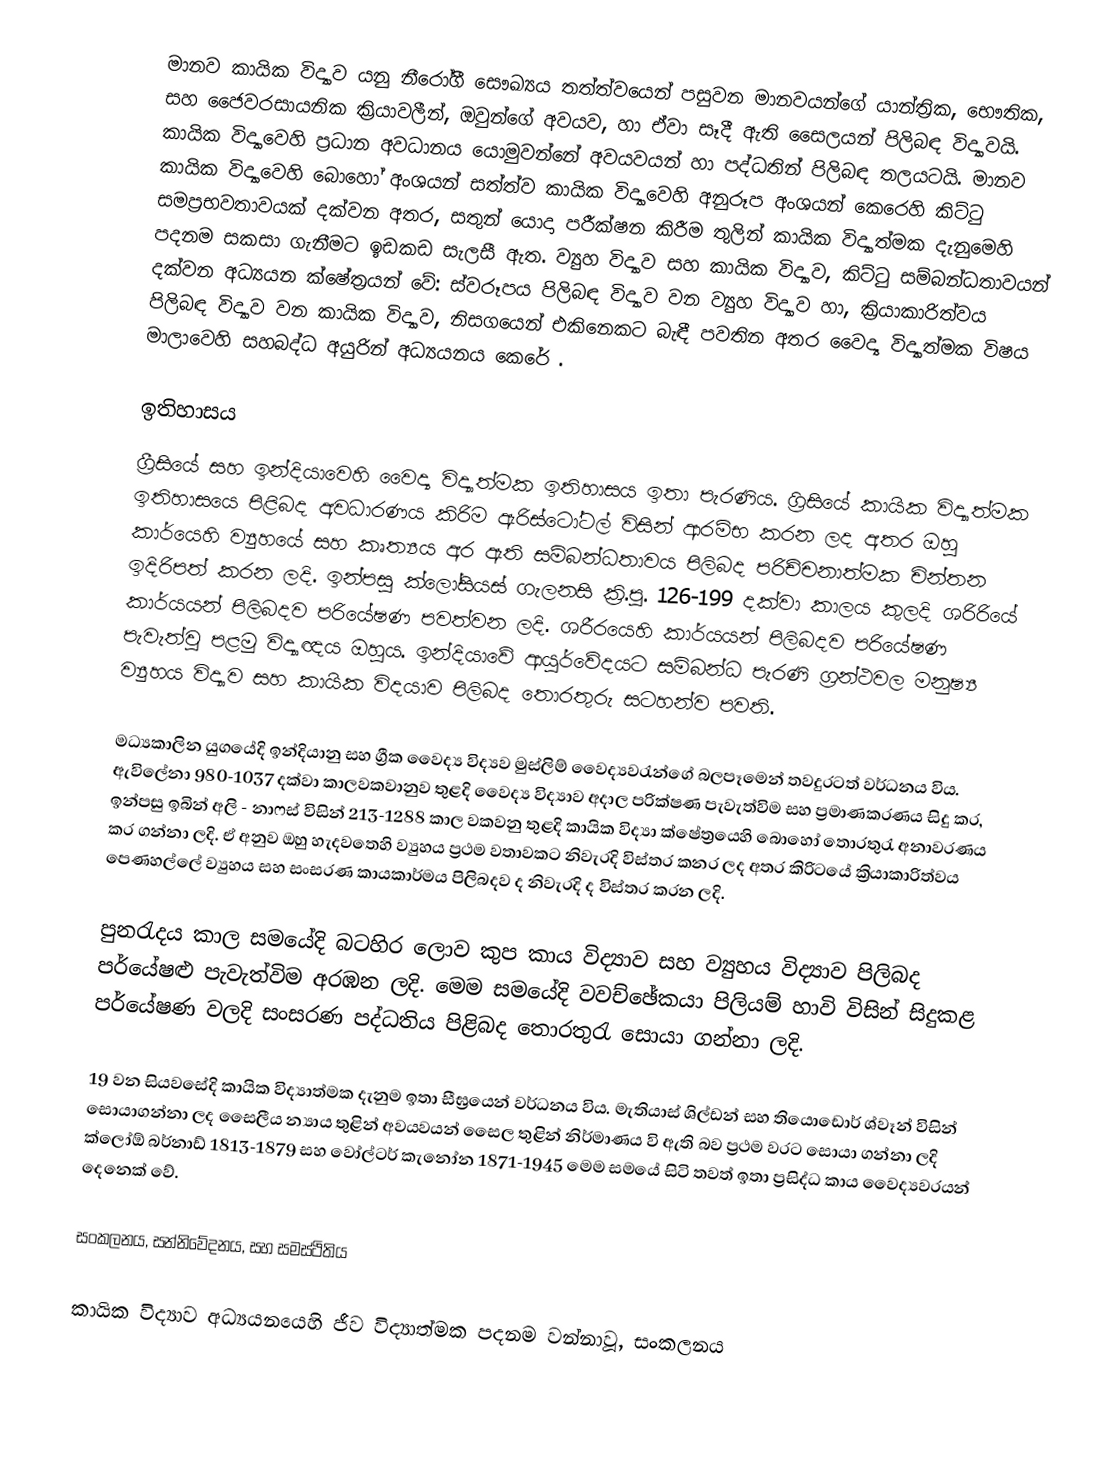
මානව කායික විද්‍යාව යනු  නීරෝගී සෞඛ්‍යය තත්ත්වයෙන් පසුවන මානවයන්ගේ යාන්ත්‍රික, භෞතික, සහ ජෛවරසායනික ක්‍රියාවලීන්, ඔවුන්ගේ අවයව, හා ඒවා සෑදී ඇති සෛලයන් පිලිබඳ විද්‍යාවයි. කායික විද්‍යාවෙහි ප්‍රධාන අවධානය යොමුවන්නේ අවයවයන් හා පද්ධතින් පිලිබඳ තලයටයි. මානව කායික විද්‍යාවෙහි බොහෝ අංශයන්  සත්ත්ව කායික විද්‍යා‍වෙහි අනුරූප අංශයන් කෙරෙහි කිට්ටු සමප්‍රභවතාවයක් දක්වන අතර, සතුන් යොදා පරීක්ෂන කිරීම තුලින් කායික විද්‍යාත්මක දැනුමෙහි පදනම සකසා ගැනීමට ඉඩකඩ සැලසී ඇත.  ව්‍යුහ විද්‍යාව සහ කායික විද්‍යාව, කිට්ටු සම්බන්ධතාවයන් දක්වන අධ්‍යයන ක්ෂේත්‍රයන් වේ: ස්වරූපය පිලිබඳ විද්‍යාව වන ව්‍යුහ විද්‍යාව හා, ක්‍රියාකාරිත්වය පිලිබඳ විද්‍යාව වන කායික විද්‍යාව, නිසගයෙන් එකිනෙකට බැඳී පවතින අතර වෛද්‍ය විද්‍යාත්මක විෂය මාලාවෙහි සහබද්ධ අයුරින් අධ්‍යයනය කෙරේ .

ඉතිහාසය
ග්‍රීසියේ සහ ඉන්දියාවෙහි වෛද්‍ය විද්‍යාත්මක ඉතිහාසය ඉතා පැරණිය. ග්‍රිසියේ කායික විද්‍යාත්මක ඉතිහාසයෙ පිළිබද අවධාරණය කිරිම ඇරිස්ටෝටල් විසින් ආරම්භ කරන ලද අතර ඔහු කාර්යෙහි ව්‍යුහයේ සහ කෘත්‍යය අර ඇති සම්බන්ධතාවය පිලිබද පරිච්චනාත්මක චින්තන ඉදිරිපත් කරන ලදි. ඉන්පසු ක්ලෝසියස් ගැලනසි ක්‍රි.පු. 126-199 දක්වා කාලය කුලදි ශරිරියේ කාර්යයන් පිලිබදව පරියේෂණ පවත්වන ලදි. ශරීරයෙහි කාර්යයන් පිලිබදව පරියේෂණ පැවැත්වු පළමු විද්‍යාඥය ඔහුය. ඉන්දියාවේ ආයුර්වේදයට සම්බන්ධ පැරණි ග්‍රන්ථවල මනුෂ්‍ය ව්‍යුහය විද්‍යාව සහ කායික විදයාව පිලිබද තොරතුරු සටහන්ව පවති.

මධ්‍යකාලින යුගයේදි ඉන්දියානු සහ ග්‍රීක වෛද්‍ය විද්‍යව මුස්ලිම් වෛද්‍යවරැන්ගේ බලපෑමෙන් තවදුරටත් වර්ධනය විය. ඇවිලේනා 980-1037 දක්වා කාලවකවානුව තුළදි වෛද්‍ය විද්‍යාව අදාල පරික්ෂණ පැවැත්විම සහ ප්‍රමාණකරණය සිදු කර, ඉන්පසු ඉබින් අලි - නාෆස් විසින් 213-1288 කාල වකවනු තුළදි කායික විද්‍යා ක්ෂේත්‍රයෙහි බොහෝ තොරතුරැ අනාවරණය කර ගන්නා ලදි. ඒ අනුව ඔහු හැදවතෙහි ව්‍යුහය ප්‍රථම වතාවකට නිවැරදි විස්තර කනර ලද අතර කිරිටයේ ක්‍රියාකාරිත්වය පෙණහල්ලේ ව්‍යුහය සහ සංසරණ කායකාර්මය පිලිබදව ද නිවැරදි ද විස්තර කරන ලදි.

පුනරැදය කාල සමයේදි බටහිර ලොව කුප කාය විද්‍යාව සහ ව්‍යුහය විද්‍යාව පිලිබද පර්යේෂළු පැවැත්විම අරඹන ලදි. මෙම සමයේදි වවච්ඡේකයා පිලියම් හාවි විසින් සිදුකළ පර්යේෂණ වලදි සංසරණ පද්ධතිය පිළිබද තොරතුරැ සොයා ගන්නා ලදි.

19 වන සියවසේදි කායික විද්‍යාත්මක දැනුම ඉතා සීඝ්‍රයෙන් වර්ධනය විය. මැතියාස් ශිල්ඩන් සහ තියොඩොර් ශ්වෑන් විසින් සොයාගන්නා ලද සෛලීය න්‍යාය තුළින් අවයවයන් සෛල තුළින් නිර්මාණය වි ඇති බව ප්‍රථම වරට සොයා ගන්නා ලදි ක්ලෝඕ බර්නාඩ් 1813-1879 සහ වෝල්ටර් කැනෝන 1871-1945 මෙම සමයේ සිටි තවත් ඉතා ප්‍රසිද්ධ කාය වෛද්‍යවරයන් දෙනෙක් වේ.

සංකලනය, සන්නිවේදනය, සහ සමස්ථිතිය

කායික විද්‍යාව අධ්‍යයනයෙහි ජීව විද්‍යාත්මක පදනම වන්නාවූ, සංකලනය